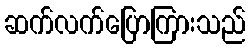
ဆက်လက်ပြောကြားသည်